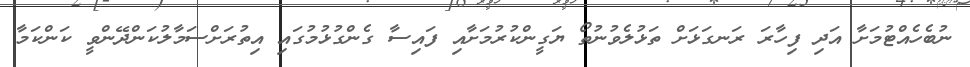
ނުބެހެއްޓުމަށާ އަދި ފިހާރަ ރަނގަޅަށް ތަޅުލެވުނުތޯ ޔަގީންކުރުމަށާއި ފައިސާ ގެންގުޅުމުގައި އިތުރަށްސަމާލުކަންދޭންވީ ކަންކަމާ